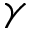
\gamma